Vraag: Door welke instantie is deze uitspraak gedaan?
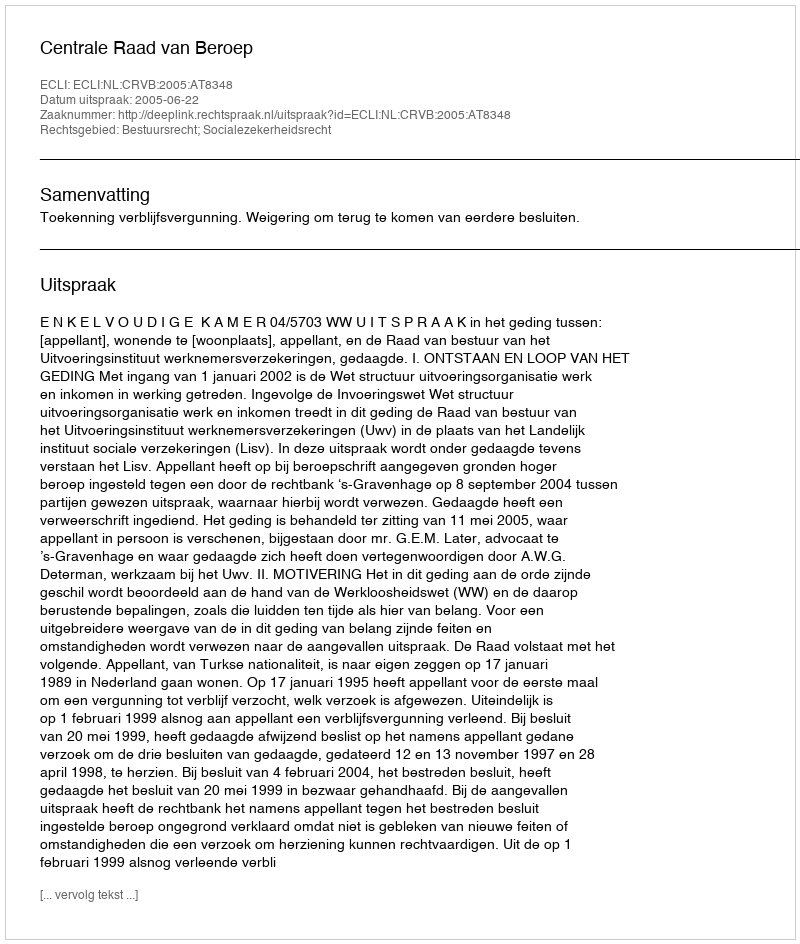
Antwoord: Centrale Raad van Beroep